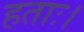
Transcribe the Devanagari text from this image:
हताः।